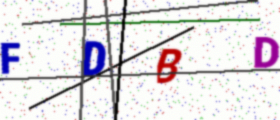
Text: FDBD